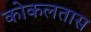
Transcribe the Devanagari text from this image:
कोकलतास